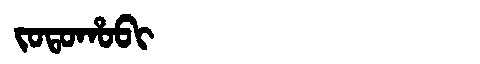
Manchu: ᠵᠣᡨᠣᡥᠣᠪᡳ
Romanization: JOTOHOBI